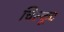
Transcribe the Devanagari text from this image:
चिल्कूट